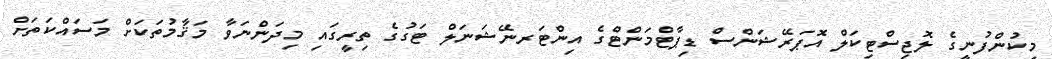
މިކުންފުނީގެ ލޮޖިސްޓިކަލް އޮޕަރޭޝަންސް ޑިޕާޓްމަންޓްގެ އިންޓަރނޭޝަނަލް ޓަގުގެ ތިރީގައި މިދަންނަވާ މަޤާމުތަކަށް މަސައްކަތަށް